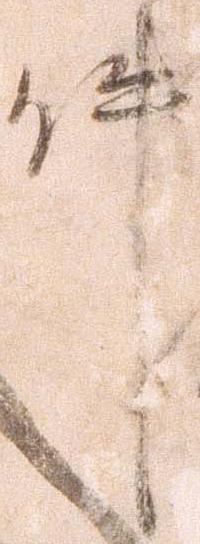
件